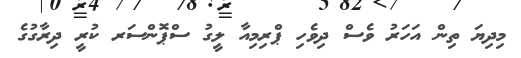
މިދިޔަ ތިން އަހަރު ވެސް ދިވެހި ޕްރިމިއާ ލީގު ސްޕޮންސަރ ކުރީ ދިރާގުގެ